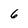
Character: 6